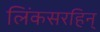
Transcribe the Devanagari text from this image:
लिंकसरहिन्